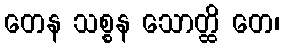
တေန သစ္စန သောတ္ထိ တေ၊